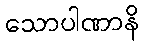
သောပါဏာနိ